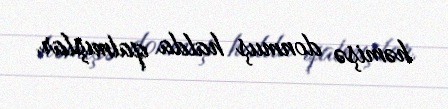
həmişə donmuş halda qalmışlar.